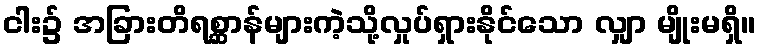
ငါး၌ အခြားတိရစ္ဆာန်များကဲ့သို့လှုပ်ရှားနိုင်သော လျှာ မျိုးမရှိ။